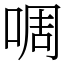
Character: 啁